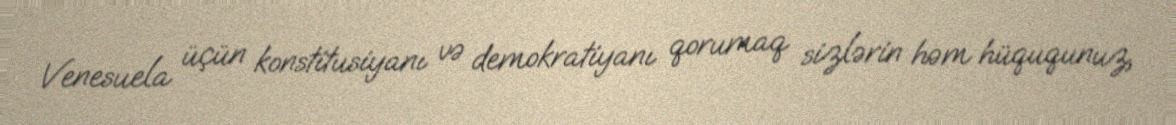
Venesuela üçün konstitusiyanı və demokratiyanı qorumaq sizlərin həm hüququnuz,